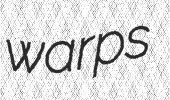
warps